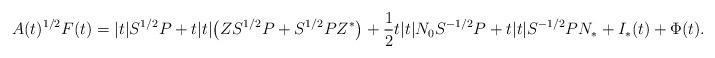
LaTeX: \begin{align*}A(t)^{1/2} F(t) = |t| S^{1/2} P + t |t| \bigl( Z S^{1/2} P + S^{1/2} P Z^* \bigr)+ \frac{1}{2} t |t| N_0 S^{-1/2} P+ t |t| S^{-1/2} P N_* + I_*(t) + \Phi(t).\end{align*}